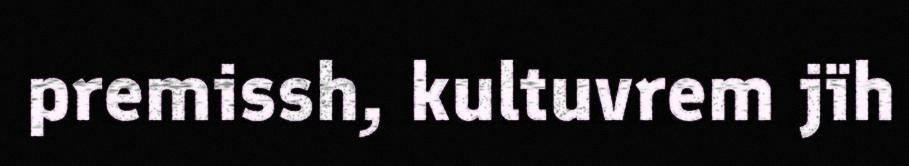
premissh, kultuvrem jïh